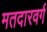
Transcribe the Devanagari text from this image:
मतदारवर्ग